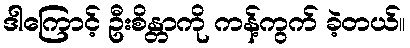
ဒါကြောင့် ဦးစိန္တာကို ကန့်ကွက် ခဲ့တယ်။